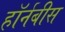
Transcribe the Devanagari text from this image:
हॉर्नबीस